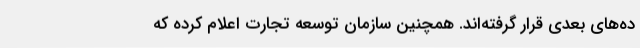
ده‌های بعدی قرار گرفته‌اند. همچنین سازمان توسعه تجارت اعلام کرده که